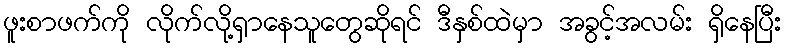
ဖူးစာဖက်ကို လိုက်လို့ရှာနေသူတွေဆိုရင် ဒီနှစ်ထဲမှာ အခွင့်အလမ်း ရှိနေပြီး